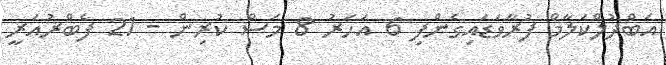
އަބްދުލްކަލާމް ފުރާވަޑައިގެންފި 6 އަހަރު 8 މަސް ކުރިން - 21 ފެބްރުއަރީ